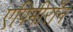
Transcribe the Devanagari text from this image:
एपिमीराँन